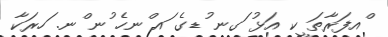
ްއފަރާތަ ީކ އަޅު ަގނ ުޑގެ ައ ްނހެ ުނ ްނ. ަހރަކާ